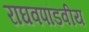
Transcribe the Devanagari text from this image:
राघवपांडवीय